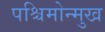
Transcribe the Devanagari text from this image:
पश्चिमोन्मुख